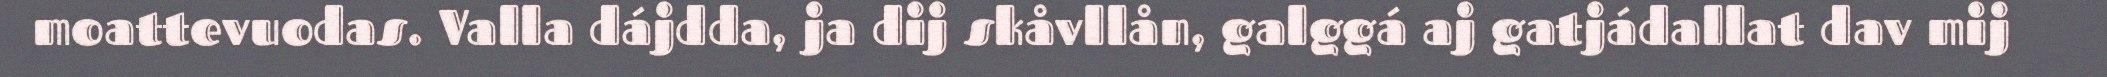
moattevuodas. Valla dájdda, ja dij skåvllån, galggá aj gatjádallat dav mij